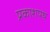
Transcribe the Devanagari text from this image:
प्रकाशपथ